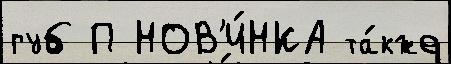
губ П НОВ'И́НКА та́кже